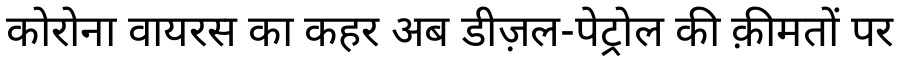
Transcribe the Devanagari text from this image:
कोरोना वायरस का कहर अब डीज़ल-पेट्रोल की क़ीमतों पर